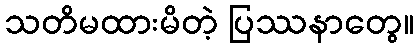
သတိမထားမိတဲ့ ပြဿနာတွေ။